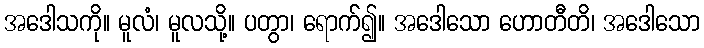
အဒေါသကို။ မူလံ၊ မူလသို့။ ပတွာ၊ ရောက်၍။ အဒေါသော ဟောတီတိ၊ အဒေါသော